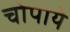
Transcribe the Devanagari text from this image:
चोपाये